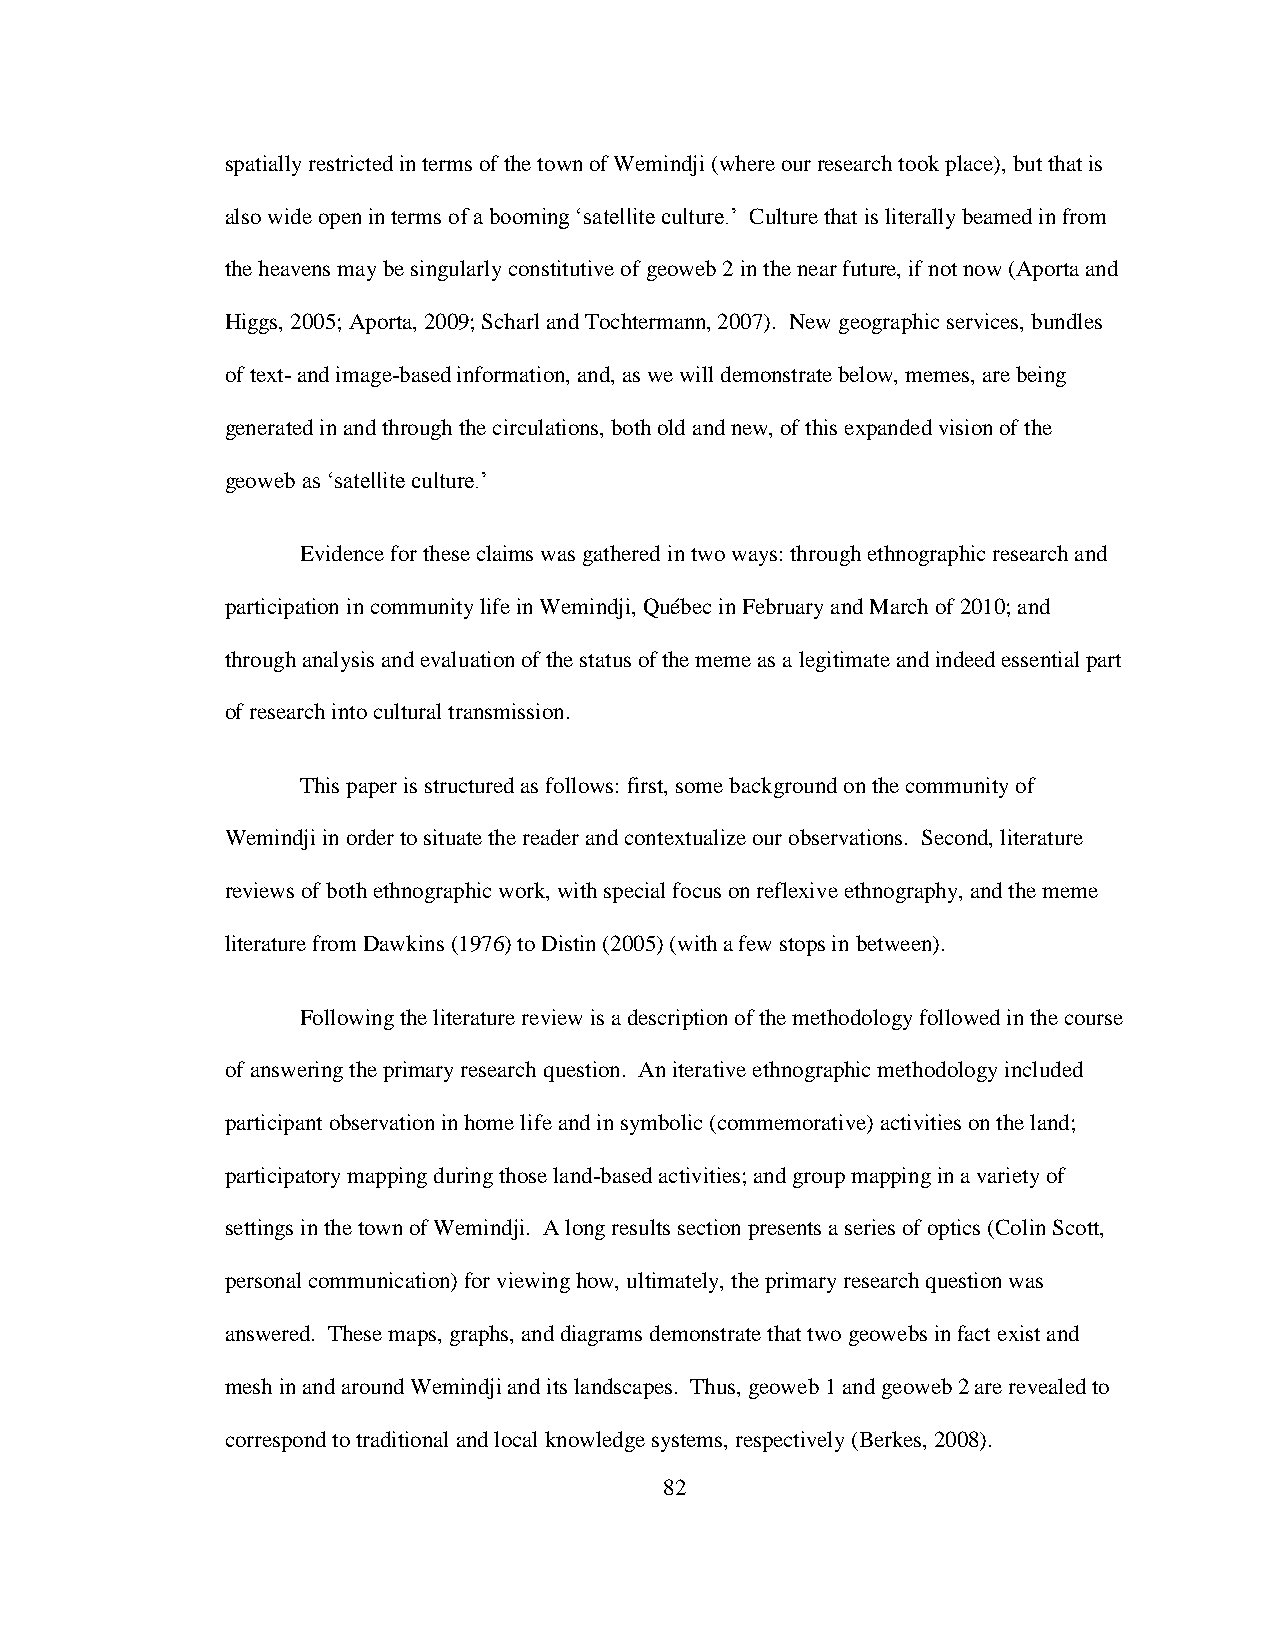
spatially restricted in terms of the town of Wemindji (where our research took place), but that is
 also wide open in terms of a booming „satellite culture.‟ Culture that is literally beamed in from
 the heavens may be singularly constitutive of geoweb 2 in the near future, if not now (Aporta and
 Higgs, 2005; Aporta, 2009; Scharl and Tochtermann, 2007). New geographic services, bundles
 of text- and image-based information, and, as we will demonstrate below, memes, are being
 generated in and through the circulations, both old and new, of this expanded vision of the
 geoweb as „satellite culture.‟
 Evidence for these claims was gathered in two ways: through ethnographic research and
 participation in community life in Wemindji, Québec in February and March of 2010; and
 through analysis and evaluation of the status of the meme as a legitimate and indeed essential part
 of research into cultural transmission.
 This paper is structured as follows: first, some background on the community of
 Wemindji in order to situate the reader and contextualize our observations. Second, literature
 reviews of both ethnographic work, with special focus on reflexive ethnography, and the meme
 literature from Dawkins (1976) to Distin (2005) (with a few stops in between).
 Following the literature review is a description of the methodology followed in the course
 of answering the primary research question. An iterative ethnographic methodology included
 participant observation in home life and in symbolic (commemorative) activities on the land;
 participatory mapping during those land-based activities; and group mapping in a variety of
 settings in the town of Wemindji. A long results section presents a series of optics (Colin Scott,
 personal communication) for viewing how, ultimately, the primary research question was
 answered. These maps, graphs, and diagrams demonstrate that two geowebs in fact exist and
 mesh in and around Wemindji and its landscapes. Thus, geoweb 1 and geoweb 2 are revealed to
 correspond to traditional and local knowledge systems, respectively (Berkes, 2008).
 82